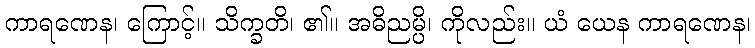
ကာရဏေန၊ ကြောင့်။ သိက္ခတိ၊ ၏။ အဓိညမ္ပိ၊ ကိုလည်း။ ယံ ယေန ကာရဏေန၊